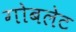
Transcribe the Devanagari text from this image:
गोबलेट